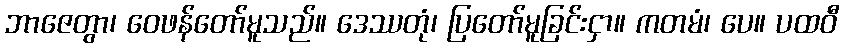
ဘာဇေတွာ၊ ဝေဖန်တော်မူသည်။ ဒေဿတုံ၊ ပြတော်မူခြင်းငှာ။ ကတမံ၊ ပေ။ ပထဝီ